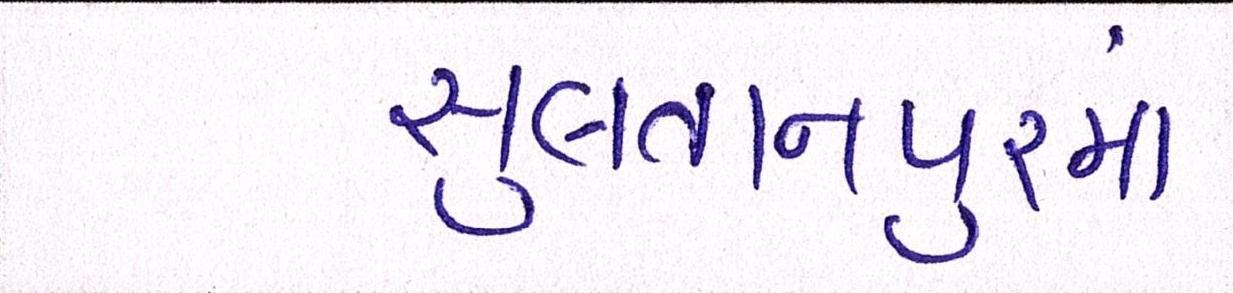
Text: સુલતાનપુરમાં